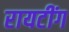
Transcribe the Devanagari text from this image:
रायटींग